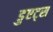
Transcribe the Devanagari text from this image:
डुएट्स